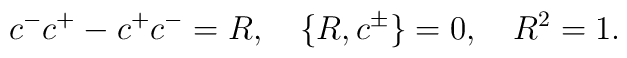
c^-c^+-c^+ c^-=R,\quad \{R,c^\pm\}=0,\quad R^2=1.